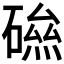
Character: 𥕃